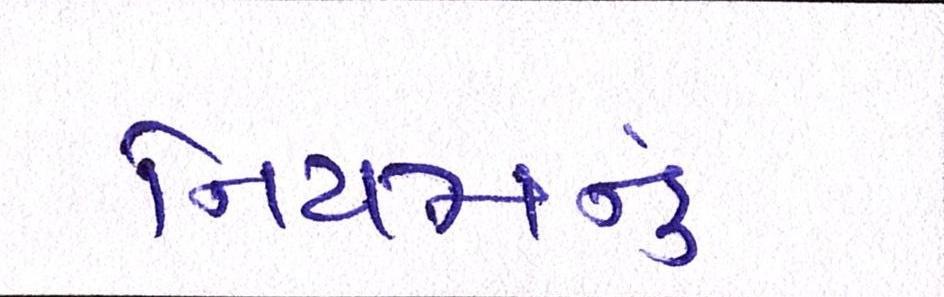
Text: નિયમનું